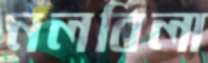
নলবিলা